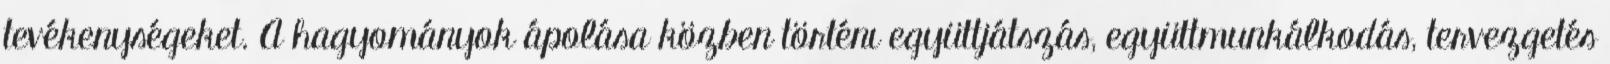
tevékenységeket. A hagyományok ápolása közben történı együttjátszás, együttmunkálkodás, tervezgetés